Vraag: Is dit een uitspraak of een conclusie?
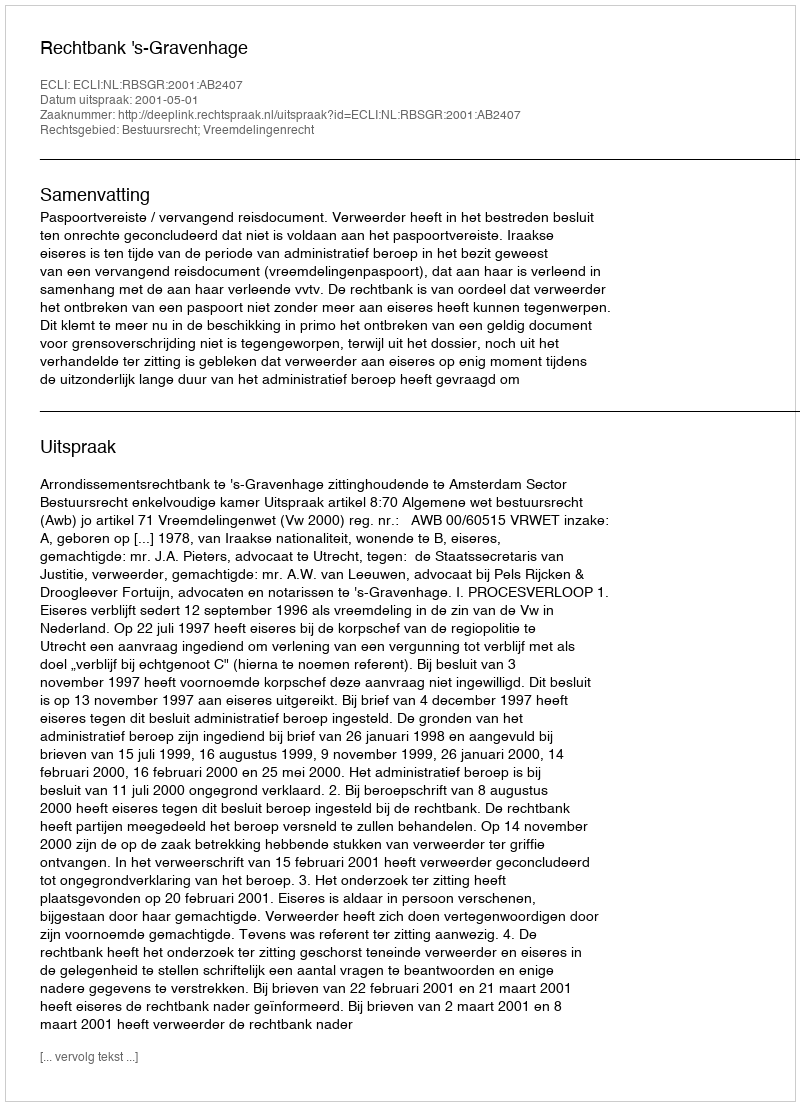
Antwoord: Uitspraak